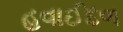
હવાઈદળ